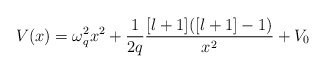
\begin{align*}V(x)=\omega _{q}^{2}x^{2}+\frac{1}{2q}\frac{[l+1]([l+1]-1)}{x^{2}}+V_{0}\end{align*}